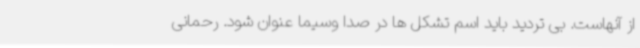
از آنهاست. بی تردید باید اسم تشکل ها در صدا وسیما عنوان شود. رحمانی